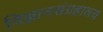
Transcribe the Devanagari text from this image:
विज्ञानसंग्रहालय